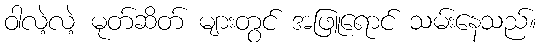
ဝါလဲ့လဲ့ မုတ်ဆိတ် များတွင် အဖြူရောင် သမ်းနေသည်။